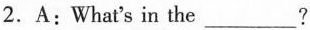
2. A: What's in the___?